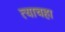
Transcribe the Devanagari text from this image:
त्याचहा